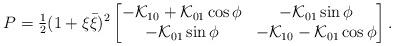
LaTeX: \begin{align*}P={\textstyle{\frac{1}{2}}}(1+\xi\bar{\xi})^2\left[\begin{matrix}-{\cal K}_{10}+{\cal K}_{01}\cos\phi & -{\cal K}_{01}\sin\phi\\ -{\cal K}_{01}\sin\phi &-{\cal K}_{10}-{\cal K}_{01}\cos\phi \end{matrix}\right].\end{align*}